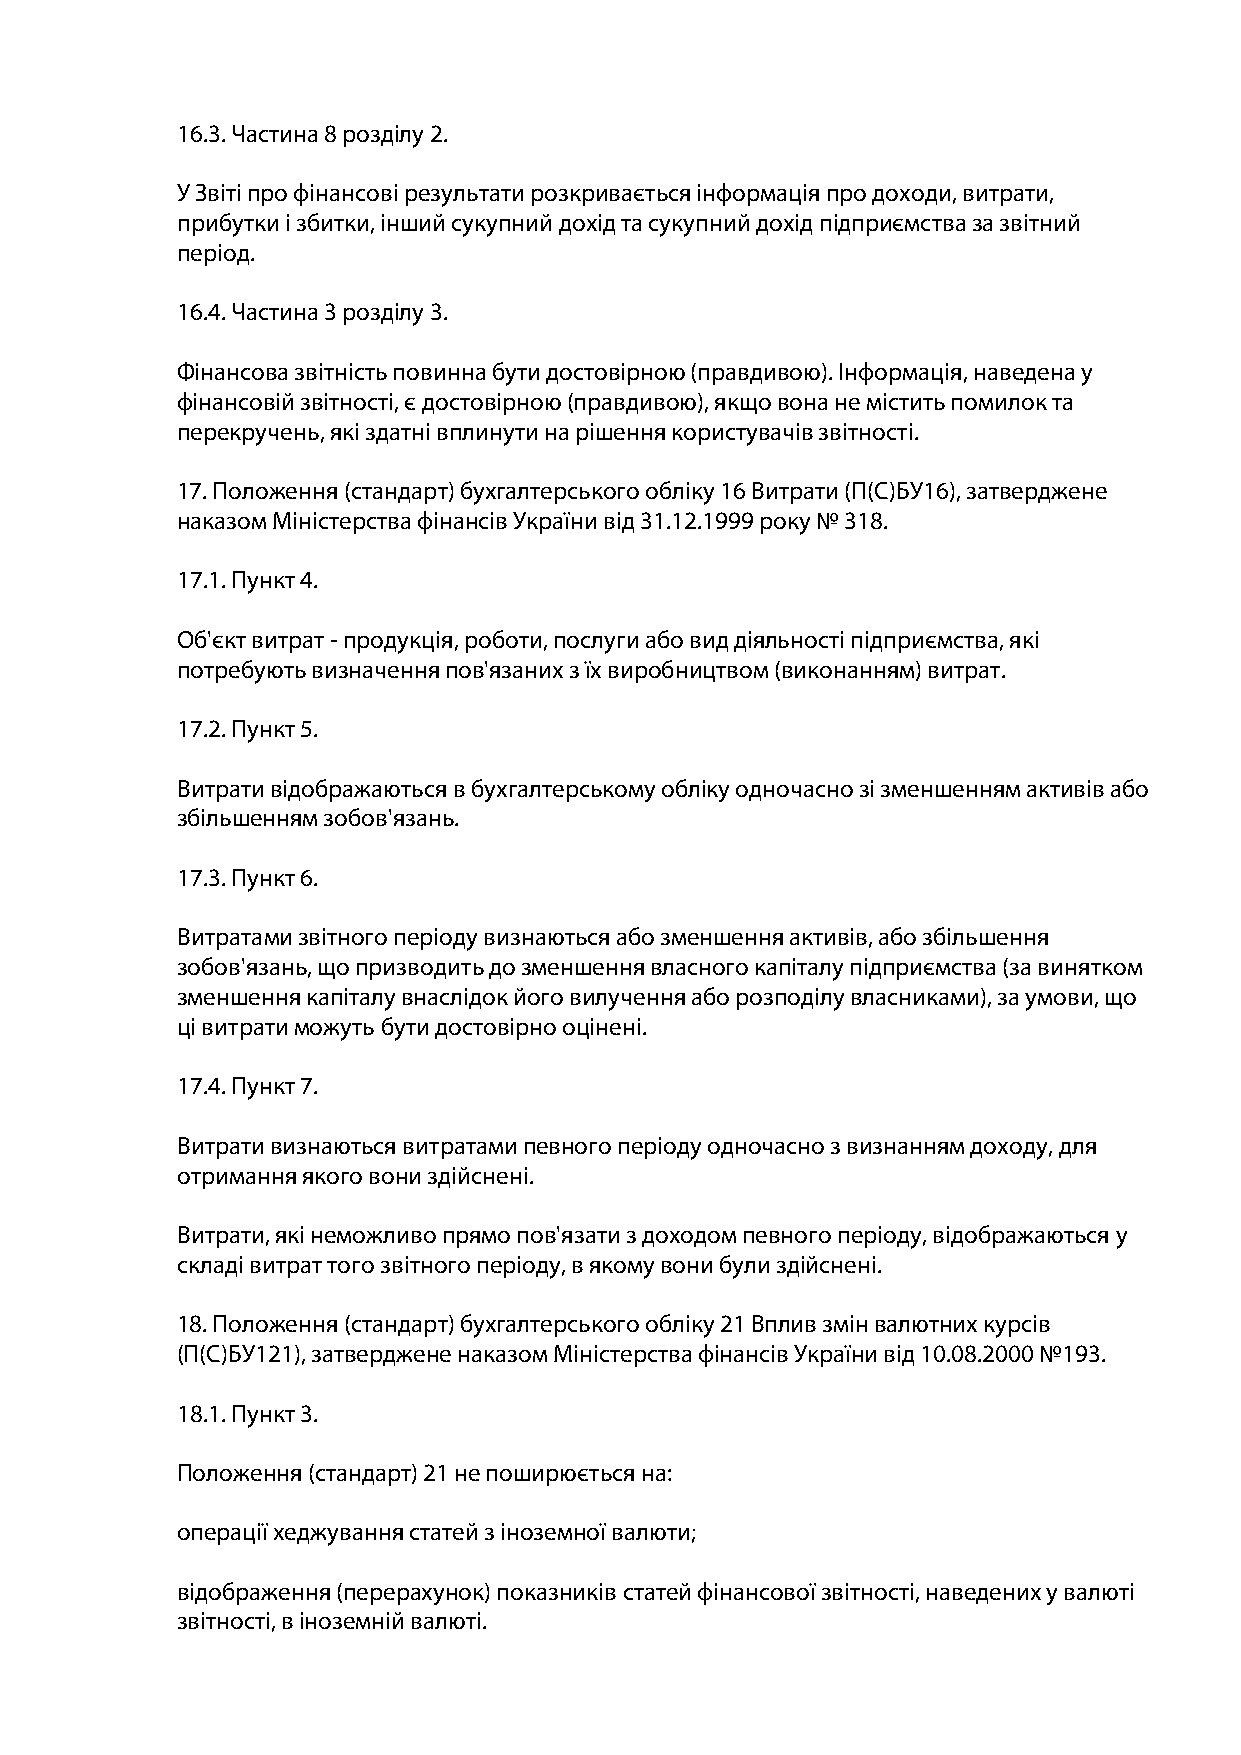
16.3. Частина 8 розділу 2.
 У Звіті про фінансові результати розкривається інформація про доходи, витрати,
 прибутки і збитки, інший сукупний дохід та сукупний дохід підприємства за звітний
 період.
 16.4. Частина 3 розділу 3.
 Фінансова звітність повинна бути достовірною (правдивою). Інформація, наведена у
 фінансовій звітності, є достовірною (правдивою), якщо вона не містить помилок та
 перекручень, які здатні вплинути на рішення користувачів звітності.
 17. Положення (стандарт) бухгалтерського обліку 16 Витрати (П(С)БУ16), затверджене
 наказом Міністерства фінансів України від 31.12.1999 року № 318.
 17.1. Пункт 4.
 Об'єкт витрат - продукція, роботи, послуги або вид діяльності підприємства, які
 потребують визначення пов'язаних з їх виробництвом (виконанням) витрат.
 17.2. Пункт 5.
 Витрати відображаються в бухгалтерському обліку одночасно зі зменшенням активів або
 збільшенням зобов'язань.
 17.3. Пункт 6.
 Витратами звітного періоду визнаються або зменшення активів, або збільшення
 зобов'язань, що призводить до зменшення власного капіталу підприємства (за винятком
 зменшення капіталу внаслідок його вилучення або розподілу власниками), за умови, що
 ці витрати можуть бути достовірно оцінені.
 17.4. Пункт 7.
 Витрати визнаються витратами певного періоду одночасно з визнанням доходу, для
 отримання якого вони здійснені.
 Витрати, які неможливо прямо пов'язати з доходом певного періоду, відображаються у
 складі витрат того звітного періоду, в якому вони були здійснені.
 18. Положення (стандарт) бухгалтерського обліку 21 Вплив змін валютних курсів
 (П(С)БУ121), затверджене наказом Міністерства фінансів України від 10.08.2000 №193.
 18.1. Пункт 3.
 Положення (стандарт) 21 не поширюється на:
 операції хеджування статей з іноземної валюти;
 відображення (перерахунок) показників статей фінансової звітності, наведених у валюті
 звітності, в іноземній валюті.